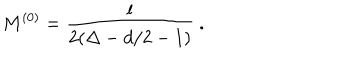
M ^ { ( 0 ) } = \frac { l } { 2 ( \Delta - d / 2 - 1 ) } ~ .